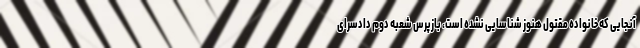
آنجایی که خانواده مقتول هنوز شناسایی نشده است، بازپرس شعبه دوم دادسرای